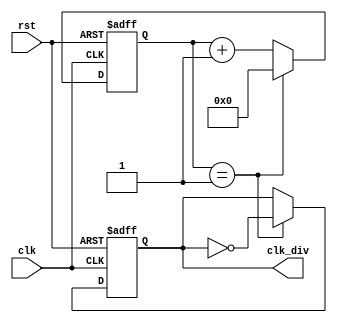
`timescale 1ns / 1ps

module clock_divider(
    input clk,
    input rst,
    output reg clk_div
    );
    
   parameter constantNumber = 2;
   
   reg [63:0] count;
    
   always @ (posedge(clk) or posedge(rst))
   begin
       if (rst == 1'b1)
           count <= 32'd0;
       else if (count == (constantNumber - 32'd1))
           count <= 32'd0;
       else
           count <= count + 32'b1;
   end
   
   always @ (posedge(clk) or posedge(rst))
   begin
       if (rst == 1'b1)
           clk_div <= 1'b0;
       else if (count == (constantNumber - 1))
           clk_div <= ~clk_div;
       else
           clk_div <= clk_div;
   end
  
endmodule